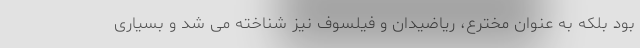
بود بلکه به عنوان مخترع، ریاضیدان و فیلسوف نیز شناخته می شد و بسیاری